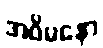
အဝိမနော